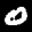
Label: 0